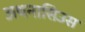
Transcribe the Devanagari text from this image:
अथनासिउस